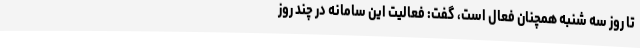
تا روز سه شنبه همچنان فعال است، گفت: فعالیت این سامانه در چند روز